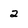
Character: 2